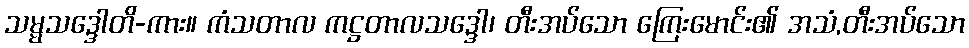
သမ္မသဒ္ဒေါတိ-ကား။ ကံသတာလ ကဋ္ဌတာလသဒ္ဒေါ၊ တီးအပ်သော ကြေးမောင်း၏ အသံ,တီးအပ်သော